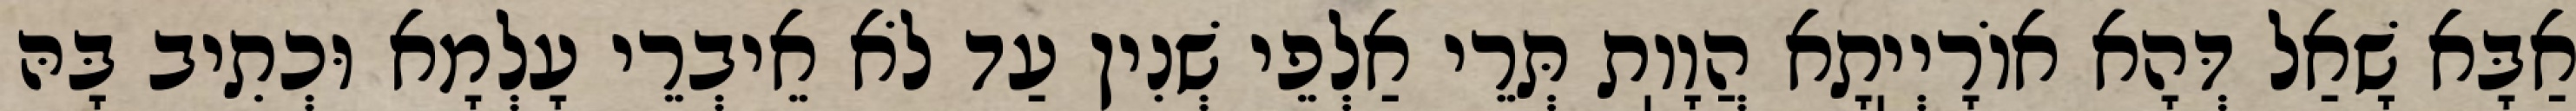
אַבָּא שָׁאַל דְּהָא אוֹרָיְיֽתָא הֲוָוֽת תְּרֵי אַלְפֵי שְׁנִין עַד לֹא אֵיבְרֵי עָלְמָא וּכְתִיב בָּהּ